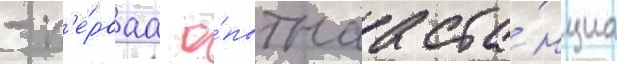
- п'е́рваа о́пытнаа ста́нциа